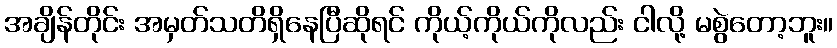
အချိန်တိုင်း အမှတ်သတိရှိနေပြီဆိုရင် ကိုယ့်ကိုယ်ကိုလည်း ငါလို့ မစွဲတော့ဘူး။